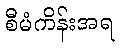
စီမံကိန်းအရ